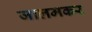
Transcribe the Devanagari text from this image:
जालमकर